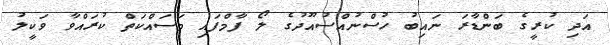
އަދި ކުރީގެ ބަންޑާރަ ނައިބު ހުސްނުއްސުއޫދުގެ ލޯ ފާމްފައި މަސައްކަތް ކުރައްވާ ވަކީލު